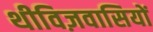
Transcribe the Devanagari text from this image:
थीविज़वासियों